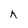
Character: A